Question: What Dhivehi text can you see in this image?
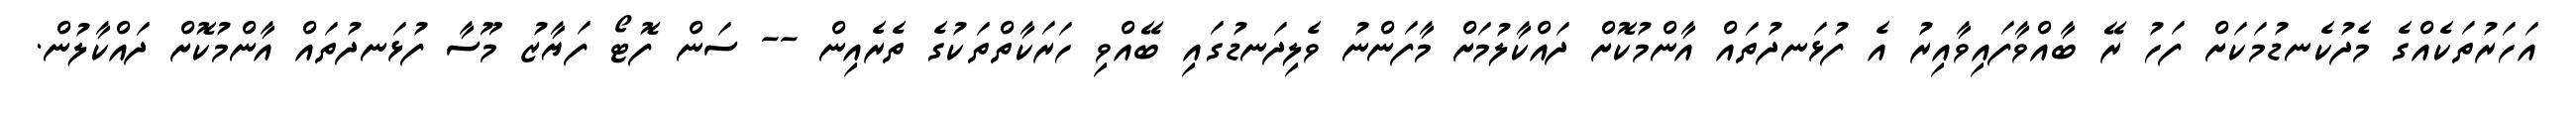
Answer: އަހަރުތަކެއްގެ މެދުކެނޑުމަކަށް ފަހު ރޭ ބާއްވާފައިވާއިރު އެ ފުޅަނދުތައް އާންމުކޮށް ދައްކާލުމަށް މާފަންނު ވެލިދަނޑުގައި ބޭއްވި ހަރަކާތްތަކުގެ ތެރެއިން -- ސަން ފޮޓޯ ފަޔާޒު މޫސާ ފުޅަނދުތައް އާންމުކޮށް ދައްކާލުން.